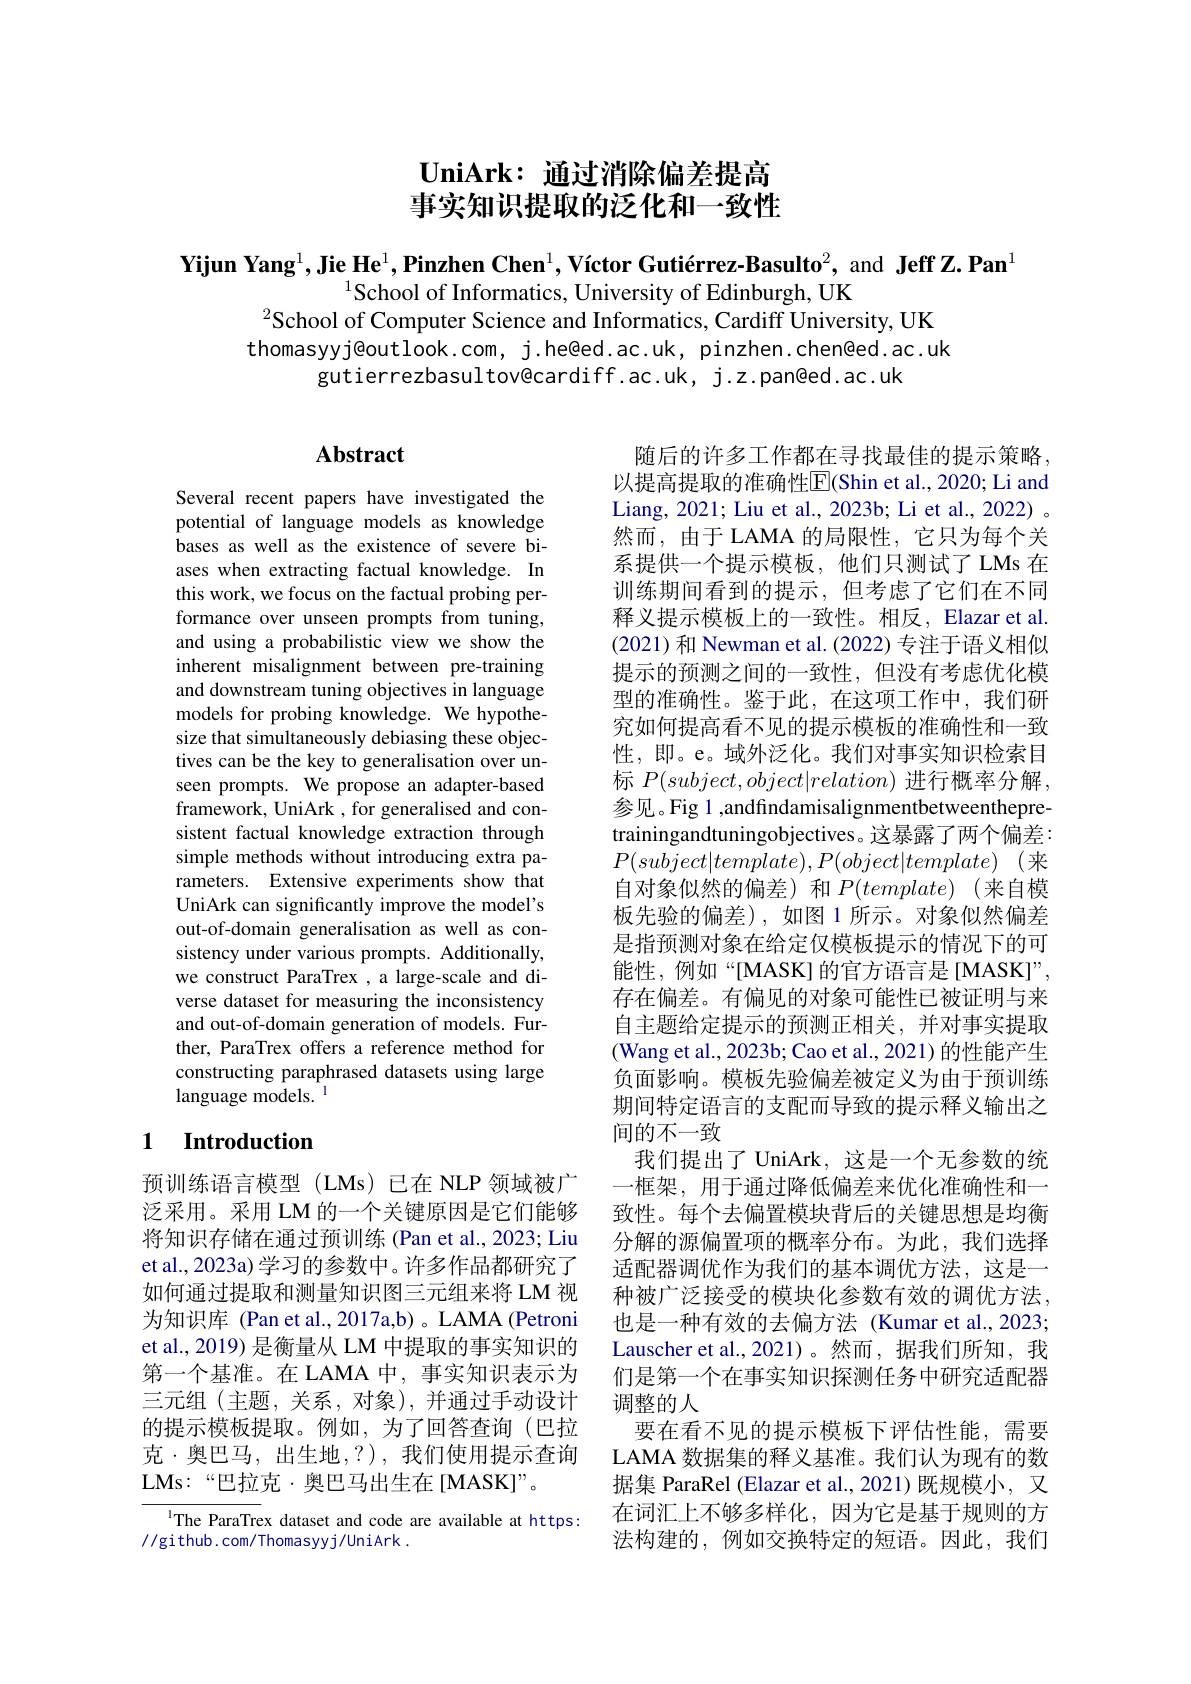
# $\textbf{UniArk: 通 过 消 除 偏 差 提 高 }$ 事实知识提取的泛化和一致性

Yijun Yang$^1$,Jie He$^1,\textbf{Pinzhen Chen}^1,\text{Víctor Guti\'{e}rrez-Basulto}^2$, and Jeff Z.Pan$^1$

$^{1}$School of Informatics, University of Edinburgh, UK
$^2$School of Computer Science and Informatics, Cardiff University, UK thomasyyj@outlook.com, j.he@ed.ac.uk, pinzhen.chen@ed.ac.uk
gutierrezbasultov@cardiff.ac.uk, j.z.pan@ed.ac.uk

# Abstract

Several recent papers have investigated the potential of language models as knowledge bases as well as the existence of severe biases when extracting factual knowledge. In this work, we focus on the factual probing performance over unseen prompts from tuning, and using a probabilistic view we show the inherent misalignment between pre-training and downstream tuning objectives in language models for probing knowledge. We hypothesize that simultaneously debiasing these objectives can be the key to generalisation over unseen prompts. We propose an adapter-based framework, UniArk , for generalised and consistent factual knowledge extraction through simple methods without introducing extra parameters. Extensive experiments show that UniArk can significantly improve the model's out-of-domain generalisation as well as consistency under various prompts. Additionally, we construct ParaTrex , a large-scale and diverse dataset for measuring the inconsistency and out-of-domain generation of models. Further, ParaTrex offers a reference method for constructing paraphrased datasets using large language models. 1

随后的许多工作都在寻找最佳的提示策略， 以提高提取的准确性$\overline{\mathrm{E}}($Shin et al., 2020; Li and Liang, 2021; Liu et al., 2023b; Li et al., 2022) 。然而，由于 LAMA 的局限性，它只为每个关系提供一个提示模板，他们只测试了LMs 在训练期间看到的提示，但考虑了它们在不同释义提示模板上的一致性。相反，Elazar et al. (2021) 和 Newman et al. (2022) 专注于语义相似提示的预测之间的一致性，但没有考虑优化模型的准确性。鉴于此，在这项工作中，我们研究如何提高看不见的提示模板的准确性和一致性，即。e。域外泛化。我们对事实知识检索目标$P(subject,object|relation)$进行概率分解， 参见。Fig 1 ,andfindamisalignmentbetweenthepretrainingandtuningobjectives。这暴露了两个偏差： $P(subject|template),P(object|template)$(来自对象似然的偏差)和$P(template)$ (来自模板先验的偏差),如图1所示。对象似然偏差是指预测对象在给定仅模板提示的情况下的可能性，例如“[MASK]的官方语言是[MASK]”, 存在偏差。有偏见的对象可能性已被证明与来自主题给定提示的预测正相关，并对事实提取(Wang et al., 2023b; Cao et al., 2021) 的性能产生负面影响。模板先验偏差被定义为由于预训练期间特定语言的支配而导致的提示释义输出之间的不一致
我们提出了 UniArk, 这是一个无参数的统一框架，用于通过降低偏差来优化准确性和一致性。每个去偏置模块背后的关键思想是均衡分解的源偏置项的概率分布。为此，我们选择适配器调优作为我们的基本调优方法，这是一种被广泛接受的模块化参数有效的调优方法， 也是一种有效的去偏方法 (Kumar et al.,2023; Lauscher et al.,2021)。然而，据我们所知，我们是第一个在事实知识探测任务中研究适配器调整的人
要在看不见的提示模板下评估性能，需要LAMA 数据集的释义基准。我们认为现有的数据集 ParaRel (Elazar et al., 2021) 既规模小，又在词汇上不够多样化，因为它是基于规则的方法构建的，例如交换特定的短语。因此，我们

## 1 $\textbf{Introduction}$

预训练语言模型(LMs)已在 NLP 领域被广泛采用。采用 LM 的一个关键原因是它们能够将知识存储在通过预训练 (Pan et al., 2023; Liu et al., 2023a) 学习的参数中。许多作品都研究了如何通过提取和测量知识图三元组来将 LM 视为知识库 (Pan et al.,2017a,b) 。LAMA (Petroni et al., 2019) 是衡量从 LM 中提取的事实知识的第一个基准。在 LAMA 中，事实知识表示为三元组(主题，关系，对象),并通过手动设计的提示模板提取。例如，为了回答查询(巴拉克·奥巴马，出生地，?),我们使用提示查询LMs:“巴拉克·奥巴马出生在[MASK]”。

$^{\mathrm{l}}$The ParaTrex dataset and code are available at https:
//github.com/Thomasyyj/UniArk.